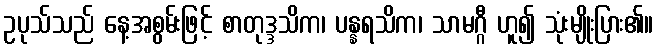
ဥပုသ်သည် နေ့အစွမ်းဖြင့် စာတုဒ္ဒသိက၊ ပန္နရသိက၊ သာမဂ္ဂီ ဟူ၍ သုံးမျိုးပြား၏။